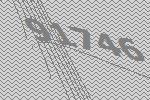
91746